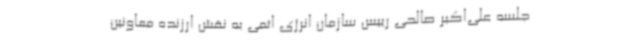
جلسه علی‌اکبر صالحی رییس سازمان انرژی اتمی به نقش ارزنده معاونین